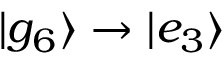
| g _ { 6 } \rangle \to | e _ { 3 } \rangle